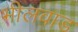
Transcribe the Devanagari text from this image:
भीलवाड